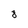
Character: 8